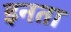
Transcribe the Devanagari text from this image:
इनता